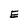
Character: E